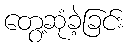
တွေ့ဆုံခဲ့ခြင်း